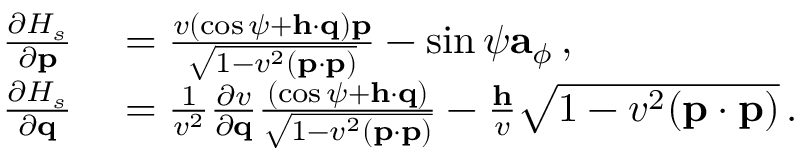
\begin{array} { r l } { \frac { \partial { \cal H } _ { s } } { \partial { \bf p } } } & { { } = \frac { v \left( \cos \psi + { \bf h } \cdot \mathbf { q } \right) { \bf p } } { \sqrt { 1 - v ^ { 2 } ( { \bf p } \cdot { \bf p } ) } } - \sin \psi { \bf a } _ { \phi } \, , } \\ { \frac { \partial { \cal H } _ { s } } { \partial { \bf q } } } & { { } = \frac { 1 } { v ^ { 2 } } \frac { \partial v } { \partial { \bf q } } \frac { \left( \cos \psi + { \bf h } \cdot \mathbf { q } \right) } { \sqrt { 1 - v ^ { 2 } ( { \bf p } \cdot { \bf p } ) } } - \frac { { \bf h } } { v } \sqrt { 1 - v ^ { 2 } ( { \bf p } \cdot { \bf p } ) } \, . } \end{array}